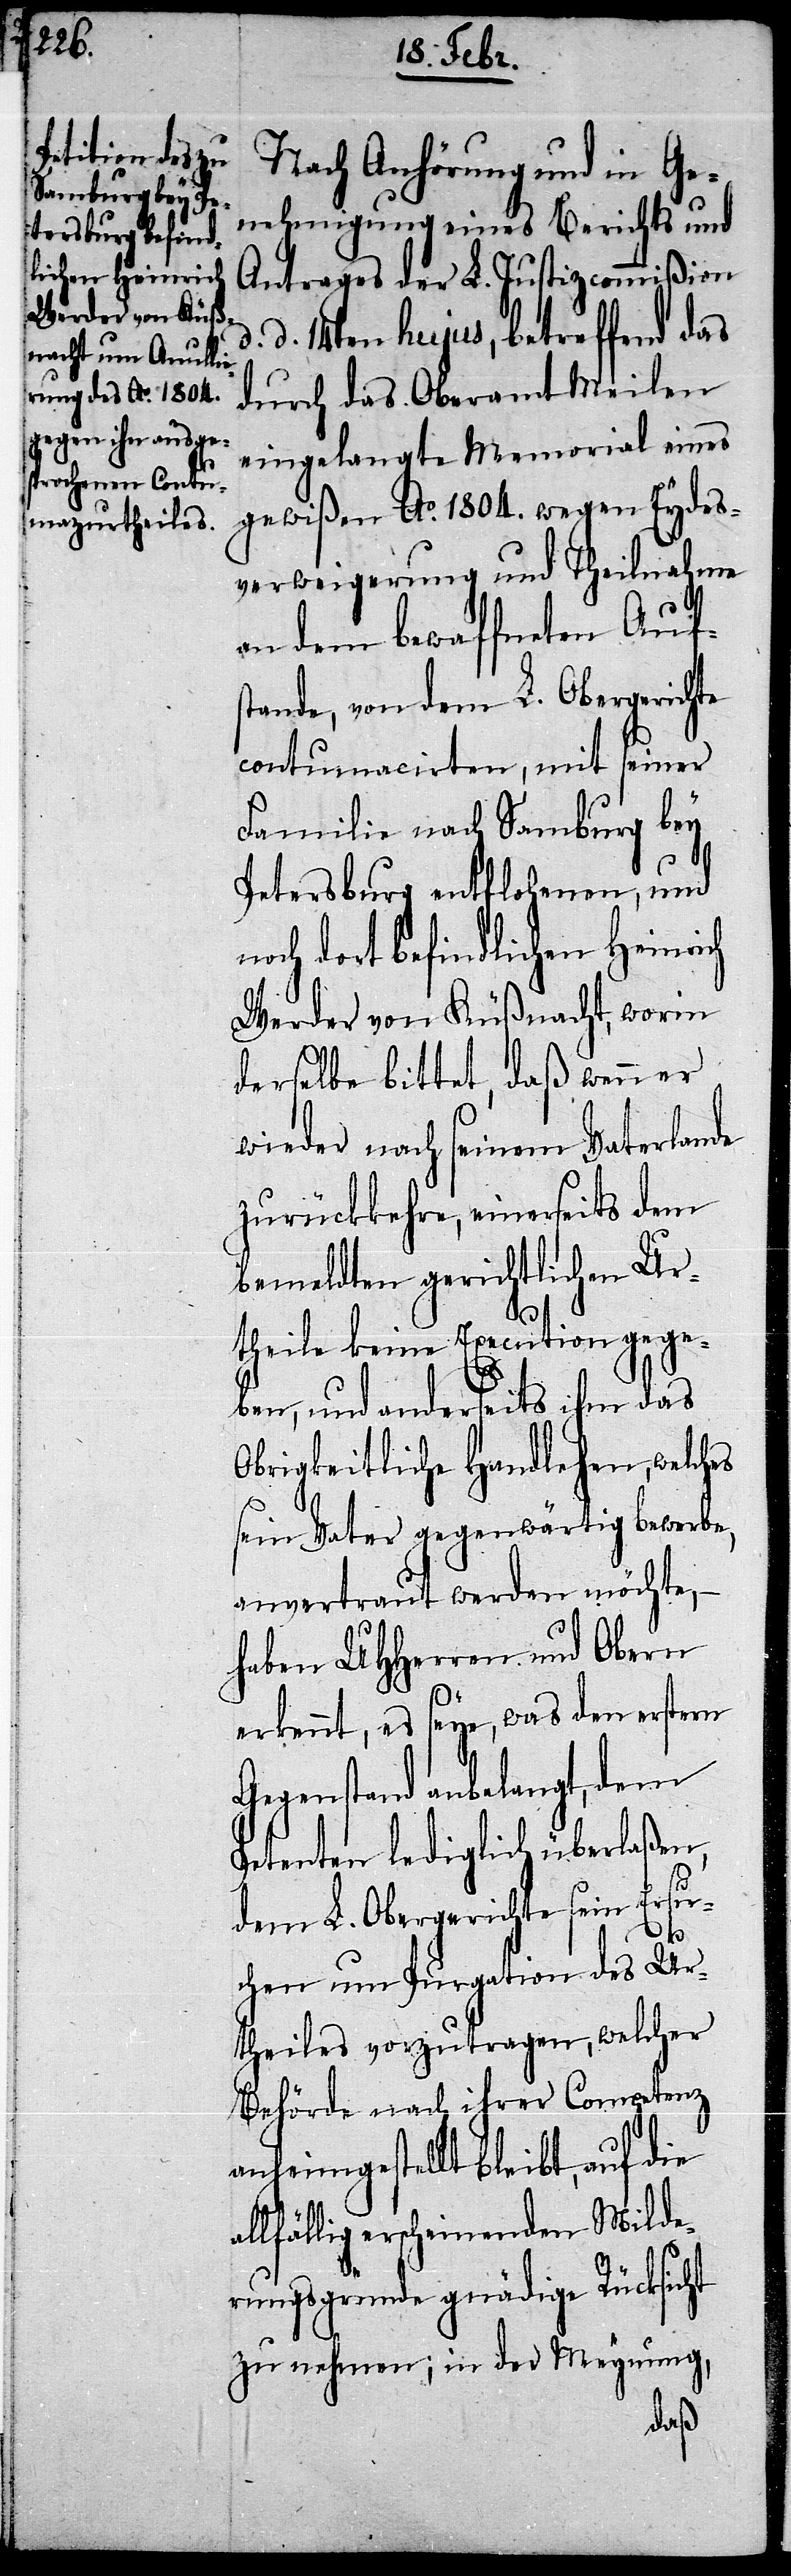
Nach Anhörung und in Ge¬
nehmigung eines Berichts und
Antrages der L. Justizcommißion
d. 14ten hujus, betreffend das
durch das Oberamt Meilen
eingelangte Memorial eines
gewißen Ao. 1804. wegen Eydes¬
verweigerung und Theilnahme
an dem bewaffneten Auf¬
stande, von dem L. Obergerichte
contumacirten, mit seiner
Familie nach Samburg bey
Petersburg entflohenen, und
och dort befindlichen Heinrich
Werder von Küßnacht, worin
derselbe bittet, daß wenn er
wieder nach seinem Vaterlande
zurückkehre, einerseits dem
bemeldten gerichtlichen Ur¬
theile keine Execution gege¬
ben, und anderseits ihm das
Obrigkeitliche Handlehen, welches
sein Vater gegenwärtig bewerbe,
anvertraut werden möchte,
haben UHHerren und Obern
erkennt, es seye, was den erstern
Gegenstand anbelangt, dem
Petenten lediglich überlaßen,
dem L. Obergerichte sein Ersu¬
a¬
chen um Purgation des Ur¬
theiles vorzutragen, welcher
Behörde nach ihrer Competenz
anheimgestellt bleibt, auf die
llfällig erscheinenden Milde¬
rungsgründe gnädige Rücksicht
zu nehmen; in der Meynung,